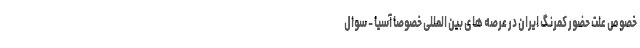
خصوص علت حضور کمرنگ ایران در عرصه های بین المللی خصوصاً آسیا - سوال